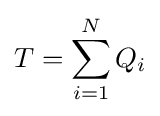
T=\sum \limits _{i=1}^{N}{Q_{i}}